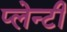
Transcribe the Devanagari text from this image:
प्लेन्टी